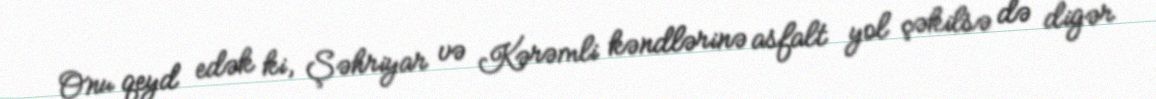
Onu qeyd edək ki, Şəhriyar və Kərəmli kəndlərinə asfalt yol çəkilsə də digər